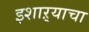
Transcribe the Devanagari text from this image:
इशाऱ्याचा